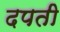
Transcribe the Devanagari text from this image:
दपती